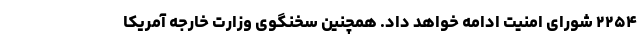
۲۲۵۴ شورای امنیت ادامه خواهد داد. همچنین سخنگوی وزارت خارجه آمریکا